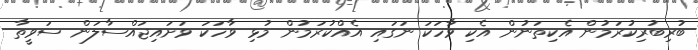
ބުރިބުރިކުރަމުން އެކިތަނުން އެކި ވާހަކަ ނަގައި އެއްކުރަމުން މުޅި ވާހަކަ ވަށައިޖައްސާލަން ސަވީތާ